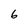
Character: 6